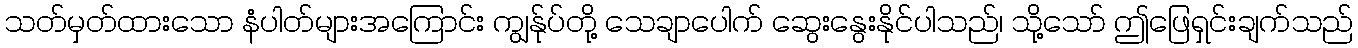
သတ်မှတ်ထားသော နံပါတ်များအကြောင်း ကျွန်ုပ်တို့ သေချာပေါက် ဆွေးနွေးနိုင်ပါသည်၊ သို့သော် ဤဖြေရှင်းချက်သည်